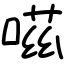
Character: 嗞